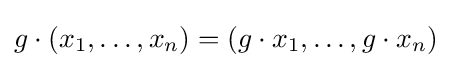
g\cdot (x_{1},\ldots ,x_{n})=(g\cdot x_{1},\ldots ,g\cdot x_{n})